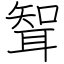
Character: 聟